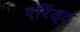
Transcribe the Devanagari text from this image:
एरिंड्ट